Indian journal of veterinary science and animal husbandry - Volumes 26-27, 1956-1957
Year: 1956
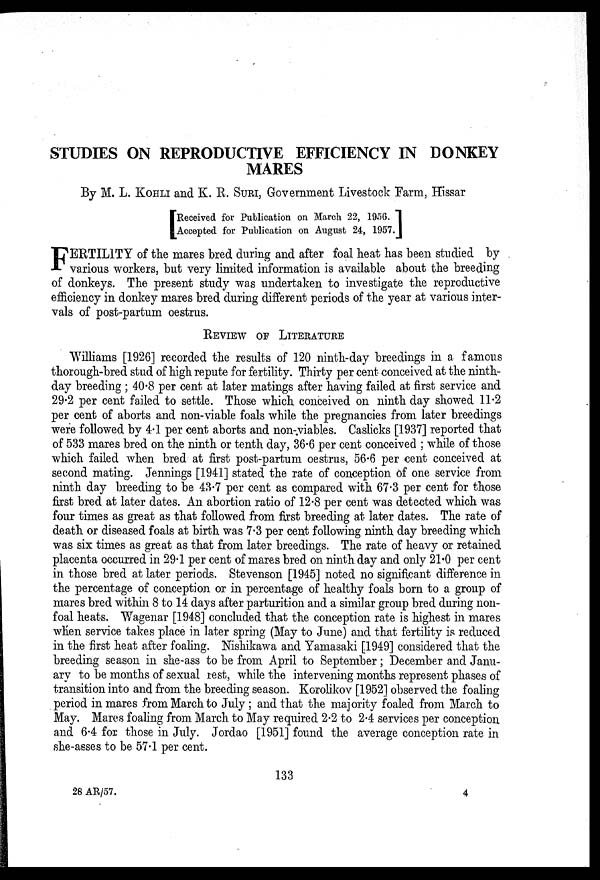
STUDIES ON REPRODUCTIVE EFFICIENCY IN DONKEY
MARES
By M. L. KOHLI and K. R. SURI, Government Livestock Farm, Hissar
[Received for Publication on March 22, 1956.
Accepted for Publication on August 24, 1957.]
F ERTILITY of the mares bred during and after foal heat has been studied by
various workers, but very limited information is available about the breeding
of donkeys. The present study was undertaken to investigate the reproductive
efficiency in donkey mares bred during different periods of the year at various inter-
vals of post-partum oestrus.
REVIEW OF LITERATURE
Williams [1926] recorded the results of 120 ninth-day breedings in a famous
thorough-bred stud of high repute for fertility. Thirty per cent conceived at the ninth-
day breeding ; 40.8 per cent at later matings after having failed at first service and
29.2 per cent failed to settle. Those which conceived on ninth day showed 11.2
per cent of aborts and non-viable foals while the pregnancies from later breedings
were followed by 4.1 per cent aborts and non-viables. Caslicks [1937] reported that
of 533 mares bred on the ninth or tenth day, 36.6 per cent conceived ; while of those
which failed when bred at first post-partum oestrus, 56.6 per cent conceived at
second mating. Jennings [1941] stated the rate of conception of one service from
ninth day breeding to be 43.7 per cent as compared with 67.3 per cent for those
first bred at later dates. An abortion ratio of 12.8 per cent was detected which was
four times as great as that followed from first breeding at later dates. The rate of
death or diseased foals at birth was 7.3 per cent following ninth day breeding which
was six times as great as that from later breedings. The rate of heavy or retained
placenta occurred in 29.1 per cent of mares bred on ninth day and only 21.0 per cent
in those bred at later periods. Stevenson [1945] noted no significant difference in
the percentage of conception or in percentage of healthy foals born to a group of
mares bred within 8 to 14 days after parturition and a similar group bred during non-
foal heats. Wagenar [1948] concluded that the conception rate is highest in mares
when service takes place in later spring (May to June) and that fertility is reduced
in the first heat after foaling. Nishikawa and Yamasaki [1949] considered that the
breeding season in she-ass to be from April to September; December and Janu-
ary to be months of sexual rest, while the intervening months represent phases of
transition into and from the breeding season. Korolikov [1952] observed the foaling
period in mares from March to July; and that the majority foaled from March to
May. Mares foaling from March to May required 2.2 to 2.4 services per conception
and 6.4 for those in July. Jordao [1951] found the average conception rate in
she-asses to be 57.1 per cent.
133
28 AR/57.
4